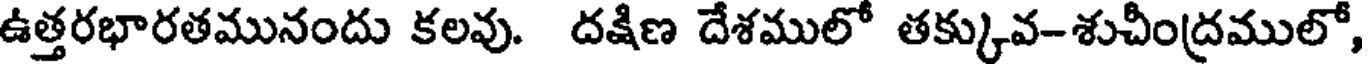
ఉత్తరభారతమునందు కలవు. దక్షిణ దేశములో తక్కువ-శుచీంద్రములో,